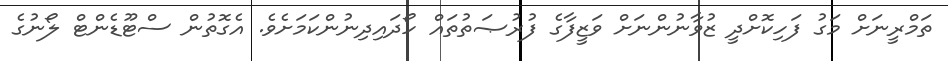
ތަމްރީނަށް މަގު ފަހިކޮށްދީ ޒުވާނުންނަށް ވަޒީފާގެ ފުރުޞަތުތައް ހޯދައިދިނުންކަމަށެވެ. އެގޮތުން ސްޓޫޑެންޓް ލޯނުގެ